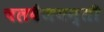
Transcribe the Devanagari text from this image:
चलवैजयन्ती